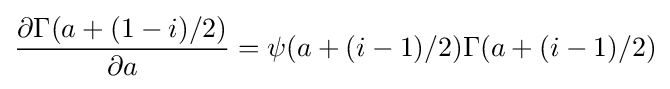
{\frac {\partial \Gamma (a+(1-i)/2)}{\partial a}}=\psi (a+(i-1)/2)\Gamma (a+(i-1)/2)